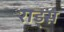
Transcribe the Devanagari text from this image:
राड्स